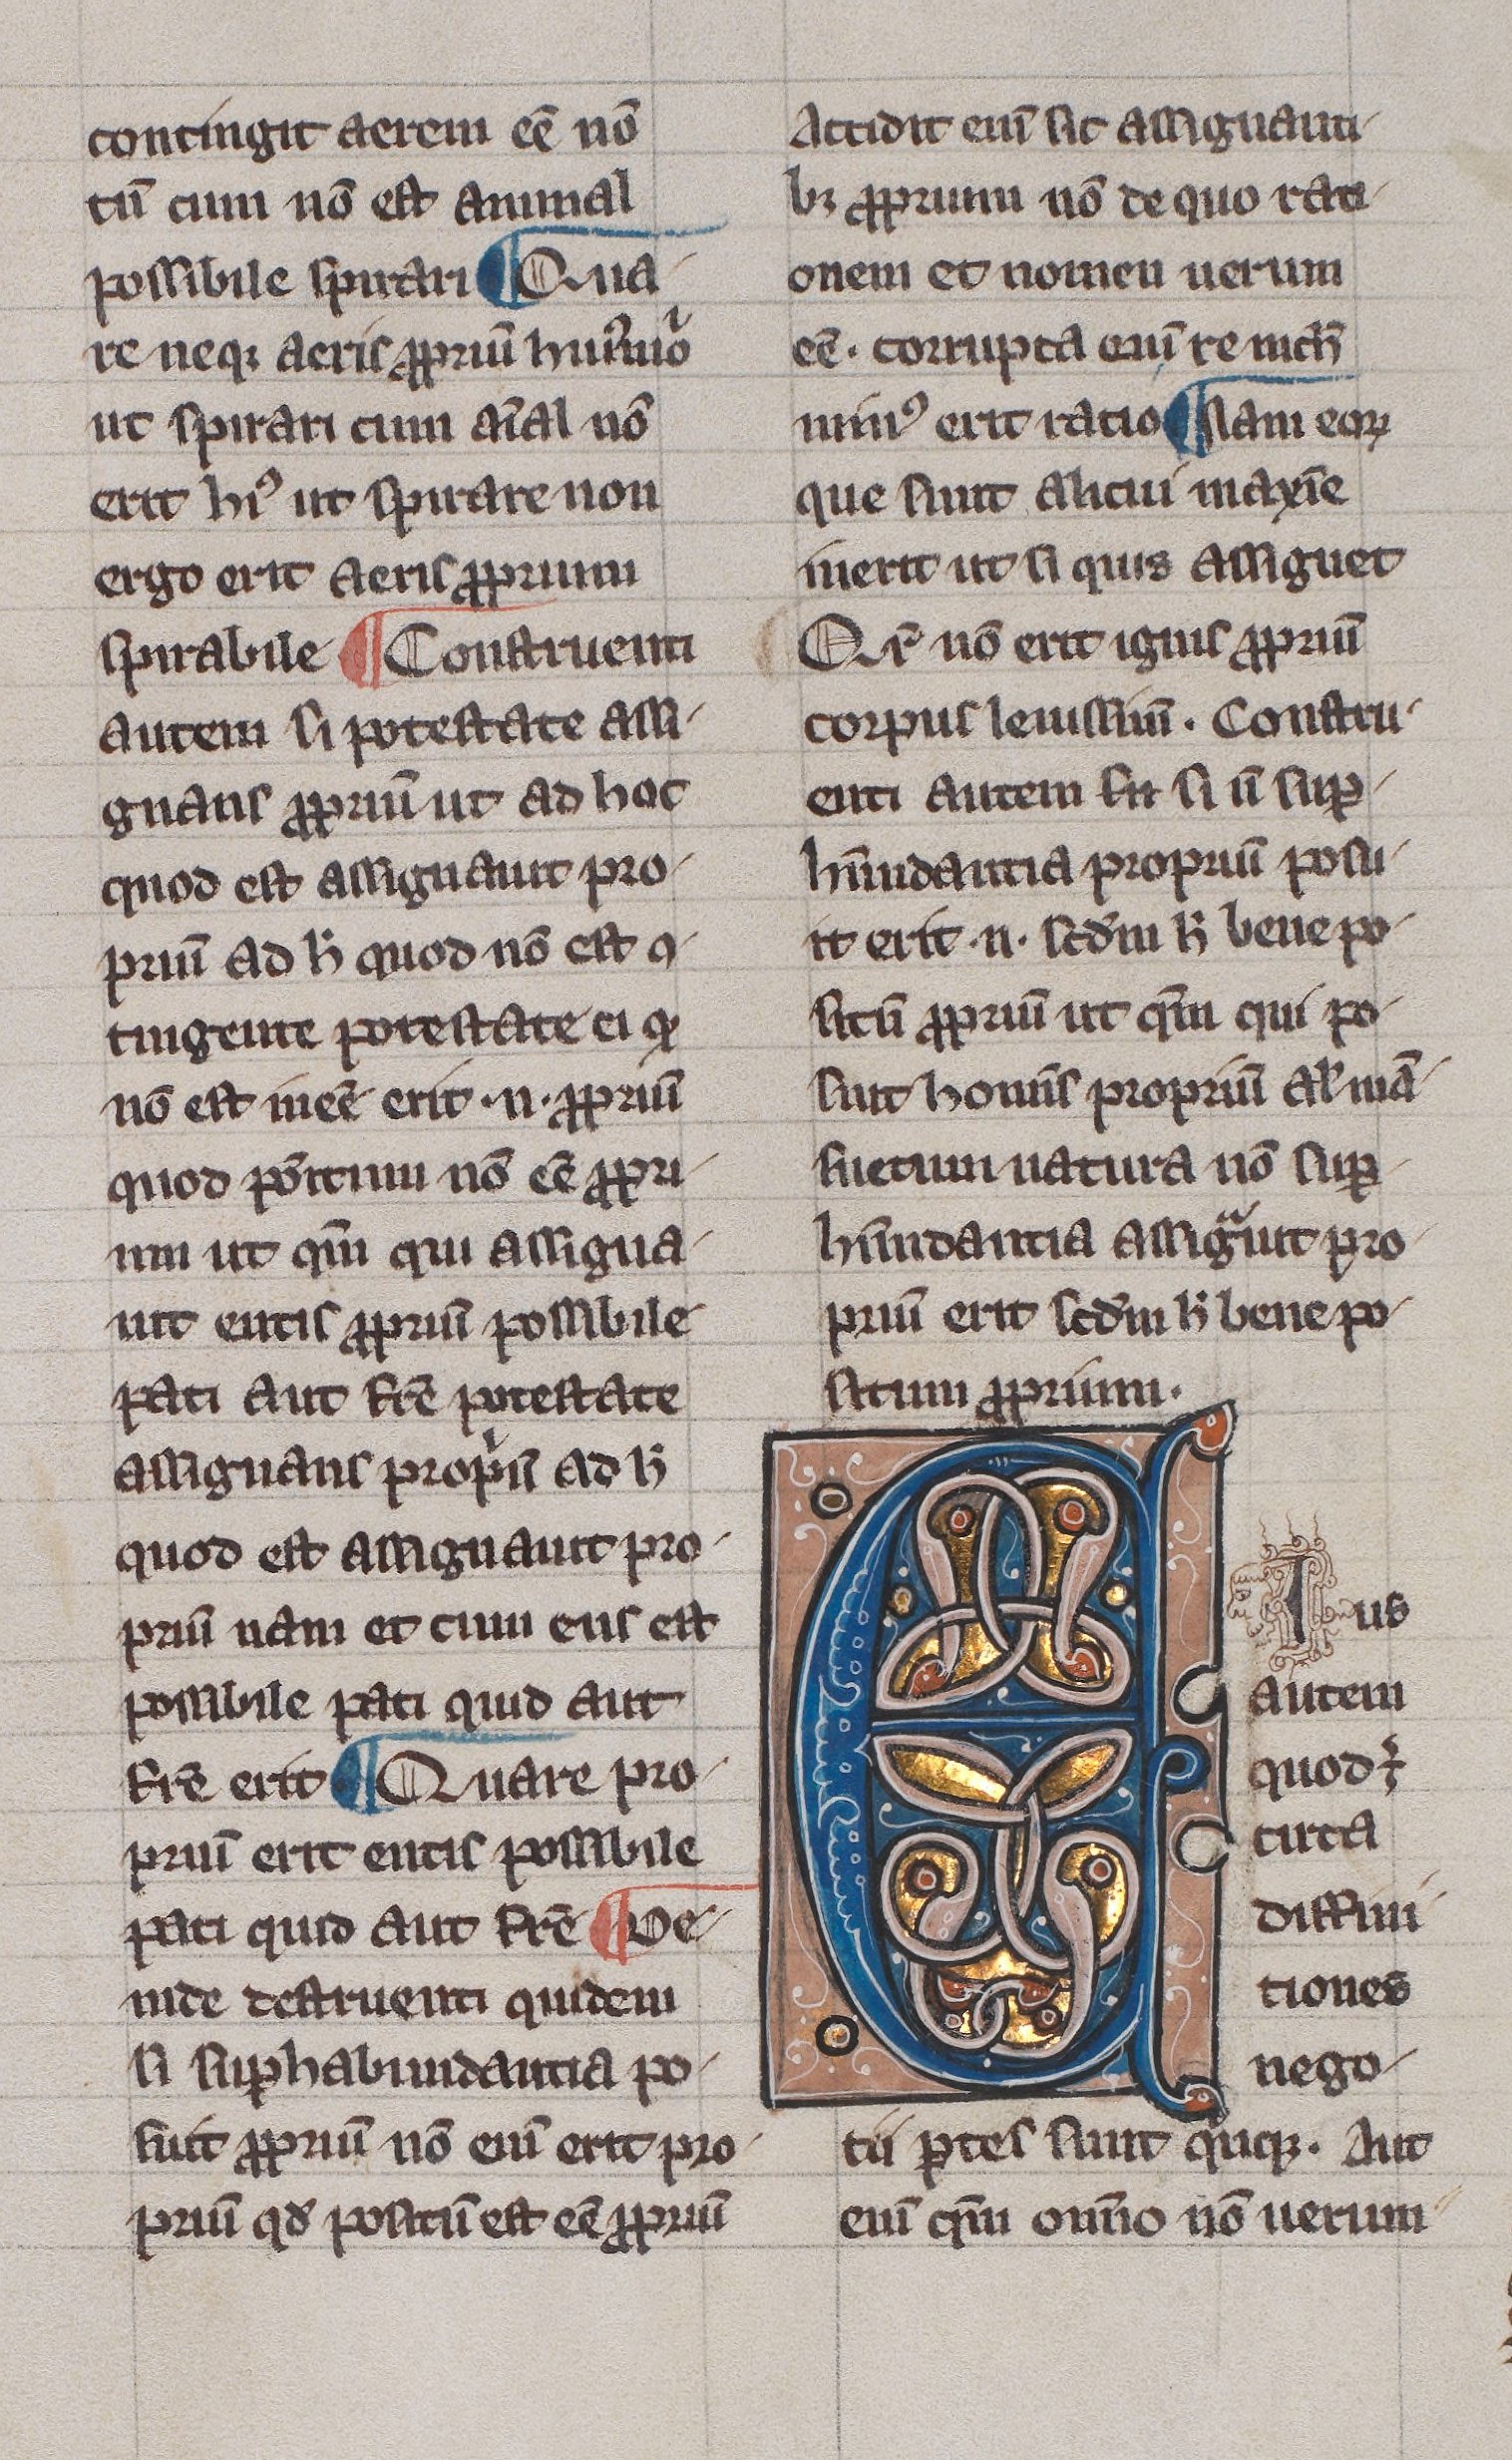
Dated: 1300–1330